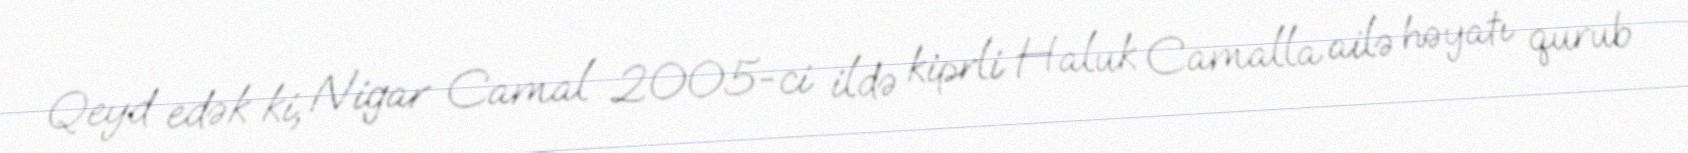
Qeyd edək ki, Nigar Camal 2005-ci ildə kiprli Haluk Camalla ailə həyatı qurub